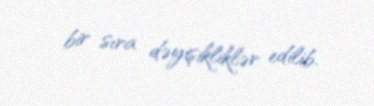
bir sıra dəyişikliklər edilib.